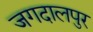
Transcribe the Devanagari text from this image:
जगदालपुर